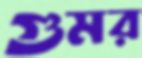
গুমর